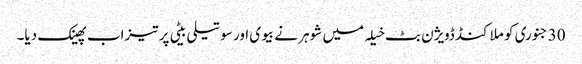
30 جنوری کو ملاکنڈ ڈویژن بٹ خیلہ میں شوہر نے بیوی اور سوتیلی بیٹی پر تیزاب پھینک دیا۔